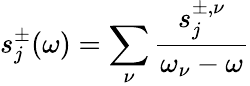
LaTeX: s_{j}^{\pm}(\omega)=\sum_{\nu}\frac{s_{j}^{{\pm},\nu}}{\omega_{\nu}-\omega}